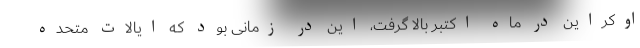
اوکراین در ماه اکتبر بالا گرفت، این در زمانی بود که ایالات متحده